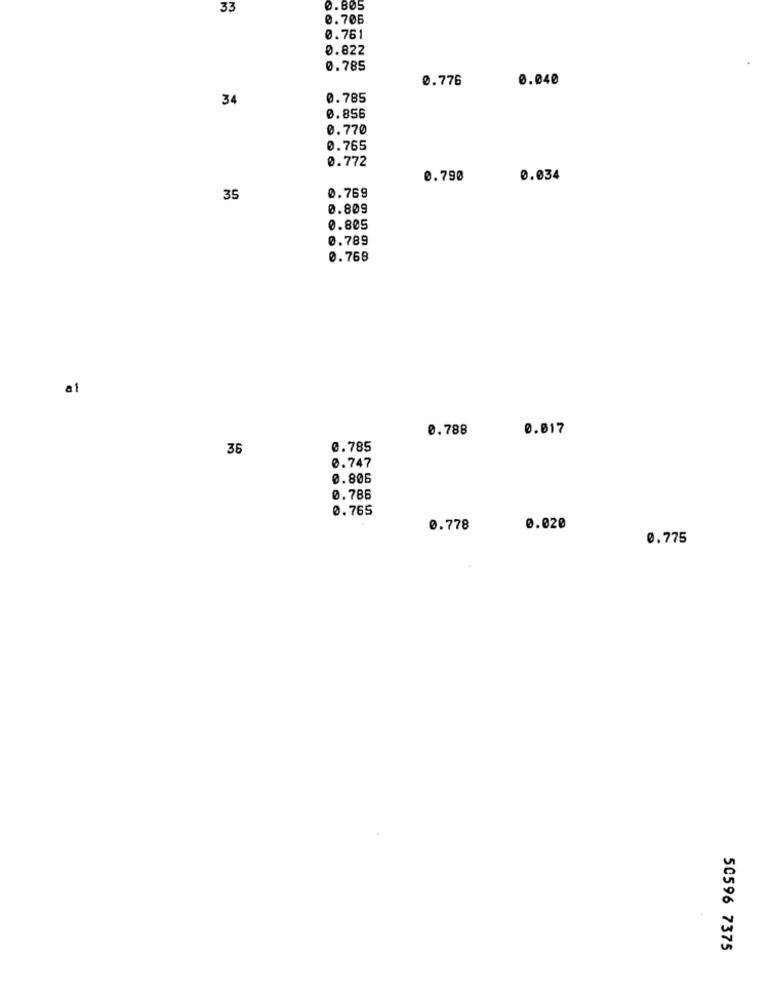
33
0.805
0.706
0.761
0.822
0.785
0.776
0.040
34
0.785
0.856
0.770
0.765
0.772
0.790
0.034
35
0.769
0.809
0.805
0.789
0.768
al
0.788
0.017
36
0.785
0.747
0.806
0.786
0.765
0.778
0.020
0,775
50596 7375